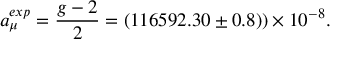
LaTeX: a _ { \mu } ^ { e x p } = \frac { g - 2 } { 2 } = ( 1 1 6 5 9 2 . 3 0 \pm 0 . 8 ) ) \times 1 0 ^ { - 8 } .